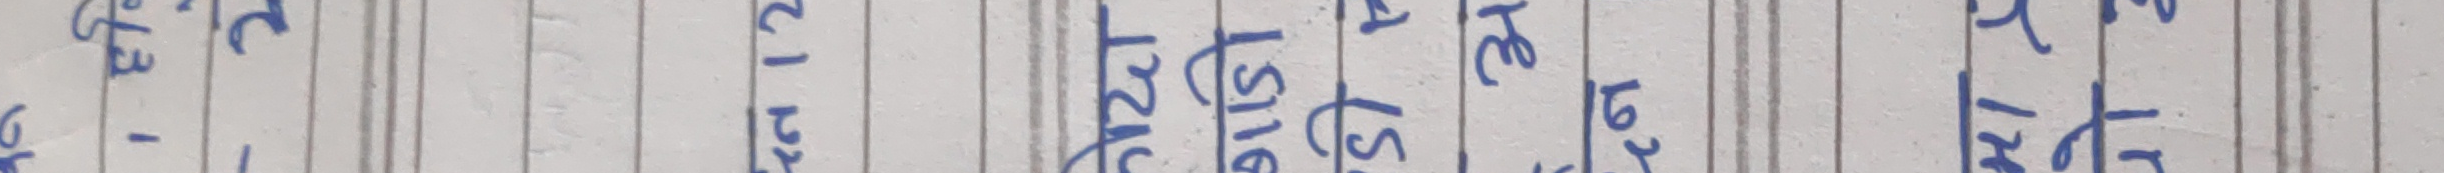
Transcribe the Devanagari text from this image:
१६ -
१३
१२
११
१०